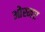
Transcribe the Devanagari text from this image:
ओस्मर